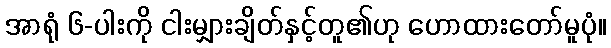
အာရုံ ၆-ပါးကို ငါးမျှားချိတ်နှင့်တူ၏ဟု ဟောထားတော်မူပုံ။